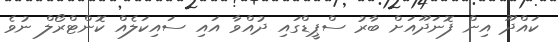
ކައްދޫ އިން ފޮނަދޫއަށް ބާރު ސްޕީޑްގައި ދުއްވާ އައި ސައިކަލެއް ކޮންޓްރޯލް ނުވެ